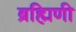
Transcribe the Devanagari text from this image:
ब्रह्मिणी